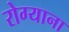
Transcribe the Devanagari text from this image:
रोग्याना